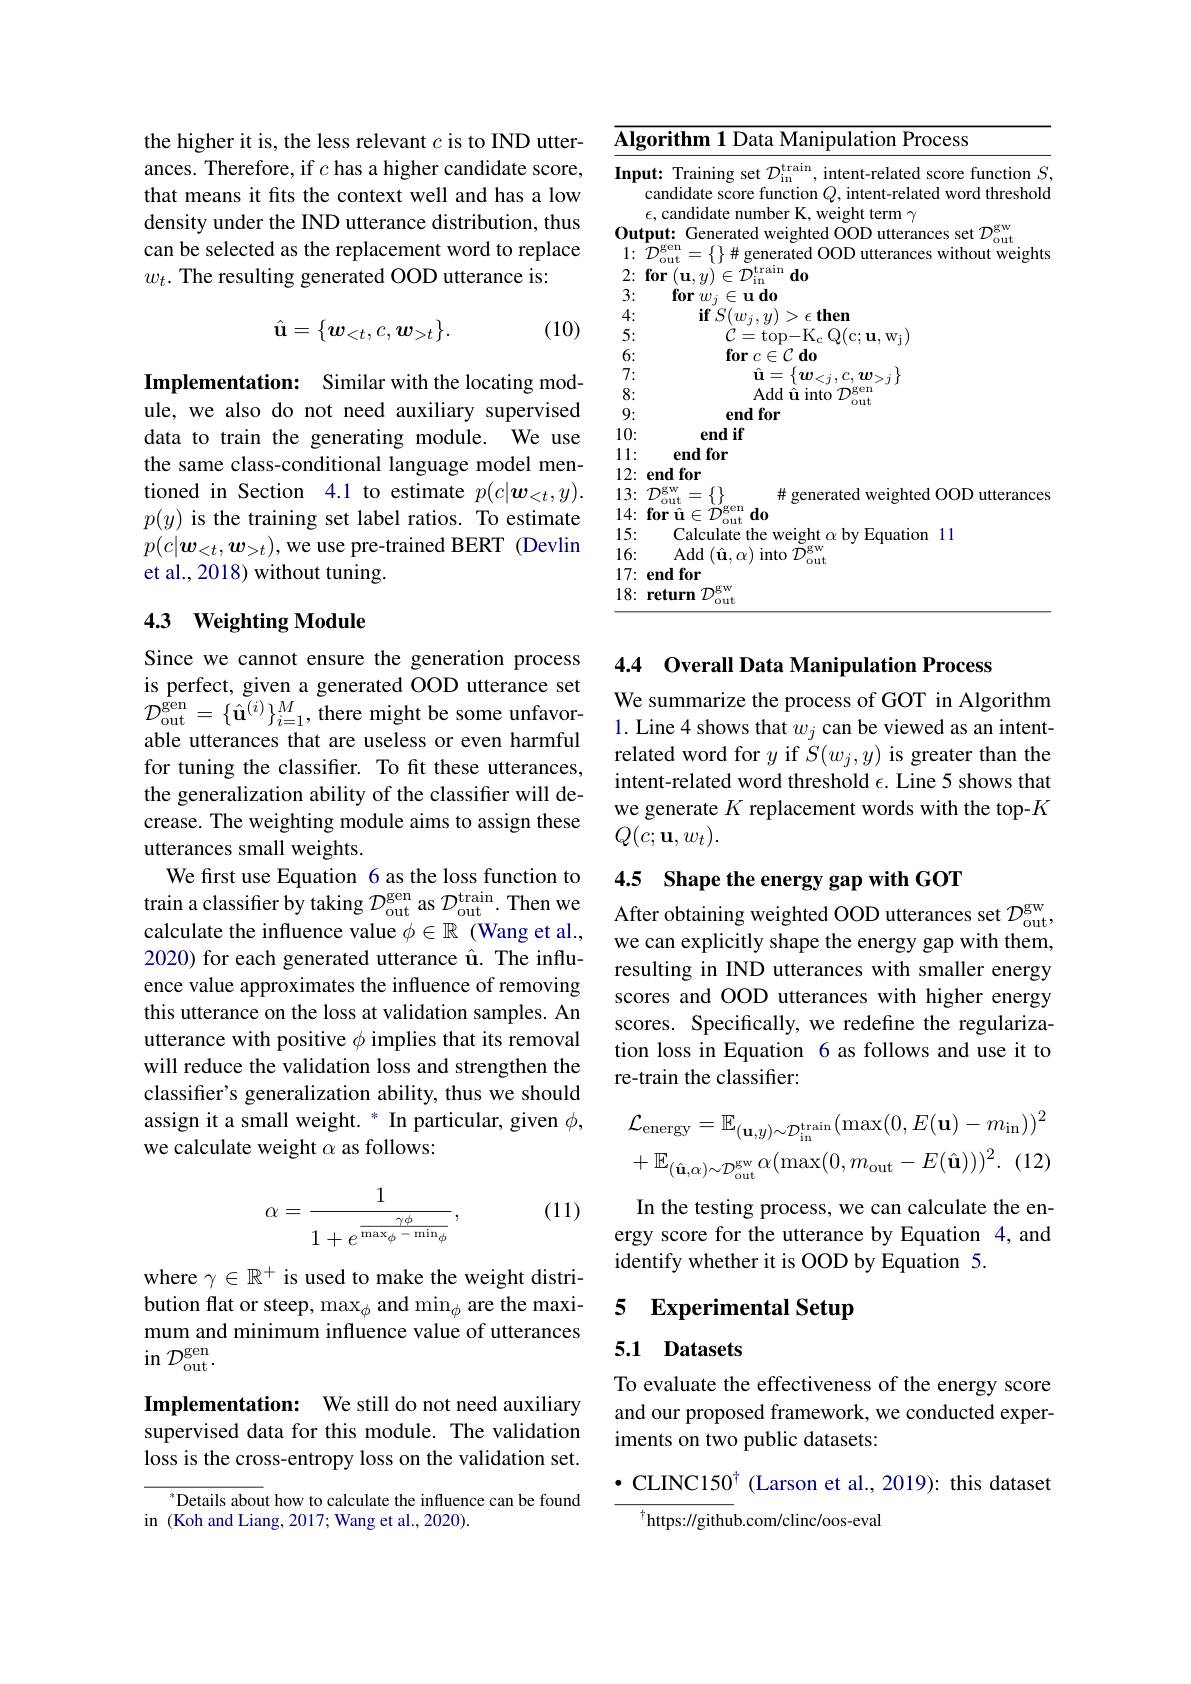
the higher it is, the less relevant $c$ is to IND utterances. Therefore, if $c$ has a higher candidate score, that means it fits the context well and has a low density under the IND utterance distribution, thus can be selected as the replacement word to replace $w_t.$ The resulting generated OOD utterance is:

(10)
$$\hat{\mathbf{u}}=\{w_{<t},c,\boldsymbol{w}_{>t}\}.$$
Implementation: Similar with the locating module, we also do not need auxiliary supervised data to train the generating module. We use the same class-conditional language model mentioned in Section 4.1 to estimate $p(c|\boldsymbol{w}_{<t},y).$ $p(y)$ is the training set label ratios. To estimate $p(c|\boldsymbol{w}_{<t},\boldsymbol{w}_{>t})$, we use pre-trained BERT (Devlin et al., 2018) without tuning.

## 4.3 Weighting Module

Since we cannot ensure the generation process is perfect, given a generated OOD utterance set able utterances that are useless or even harmful for tuning the classifier. To fit these utterances, the generalization ability of the classifier will decrease. The weighting module aims to assign these utterances small weights.
We first use Equation 6 as the loss function to train a classifier by taking $\mathcal{D}_\mathrm{out}^\mathrm{gen}$ as $\mathcal{D}_\mathrm{out}^\mathrm{train}.$ Then we calculate the influence value $\phi\in\mathbb{R}$ (Wang et al., 2020) for each generated utterance û. The influence value approximates the influence of removing this utterance on the loss at validation samples. An utterance with positive $\phi$ implies that its removal will reduce the validation loss and strengthen the classifer's generalization ability, thus we should assign it a small weight. * In particular, given $\phi$, we calculate weight $\alpha$ as follows:

(11)
$$\alpha=\frac{1}{1+e^{\frac{\gamma\phi}{\max_\phi-\min_\phi}}},$$
where $\gamma\in\mathbb{R}^+$ is used to make the weight distribution flat or steep, $\max_\phi$ and min$_\phi$ are the maximum and minimum influence value of utterances $\sin{\mathcal{D}}_{\mathrm{out}}^{\mathrm{gen}}.$

Implementation: We still do not need auxiliary supervised data for this module. The validation loss is the cross-entropy loss on the validation set.

$^*$Details about how to calculate the influence can be found
in (Koh and Liang, 2017; Wang et al., 2020).

$\overline{\mathbf{Algorithm~1~Data~Manipulation~Process}}$

Input: Training set $\mathcal{D}_{\mathrm{in}}^{\mathrm{train}}$, intent-related score function $S$,
candidate score function $Q$, intent-related word threshold
$\epsilon$,candidate number K, weight term $\gamma$Output: Generated weighted OOD utterances set $\mathcal{D}_\mathrm{out}^\mathrm{gw}$
$1\colon~{\tilde{\mathcal{D}}}_{\mathrm{out}}^{\mathrm{gen}}=\{\}\#$ generated OOD utterances without weights
$2: \textbf{for}\left ( \mathbf{u} , y\right ) \in \bar{\mathcal{D} } _{\mathrm{in}}^{\mathrm{train}}\textbf{do}$
$\begin{array}{c}{\mathbf{for}w_{j}\in\mathbf{u}\mathbf{do}}\\{\mathbf{if}S(w_{j},y)>\epsilon\mathbf{then}}\end{array}$
$\begin{array}{l}{\grave{C}=\mathrm{top-K_{c}~Q(c;~u,~w_{j})}}\\{\mathbf{for~}c\in\mathcal{C}~\mathbf{do}}\end{array}$
$\hat{\mathbf{u}}=\{\boldsymbol{w}_{<j},c,\boldsymbol{w}_{>j}\}$
${\mathrm{Add~}}{\overset{(}{\operatorname*{\hat{u}}}}{\overset{(}{\operatorname*{into}}}{\mathcal{D}_{\mathrm{out}}^{\mathrm{gen}}}$
end for
end if end for
$12{: }\textbf{end for}$
$\begin{array}{ll}13:&\mathcal{D}_{\mathrm{out}}^{\mathrm{gw}}=\{\}&\#\text{generated weighted OOD utterances}\\14:&\textbf{for \^{u}}\in\mathcal{D}_{\mathrm{out}}^{\mathrm{gen}}\textbf{do}\end{array}$
Calculate the weight $\alpha$ by Equation 11
${\mathrm{Add}}\left(\hat{\mathbf{u}},\alpha\right){\mathrm{into~}}\tilde{\mathcal D}_{\mathrm{out}}^{\mathrm{gw}}$
17{:} end for
18: return $\mathcal{D}_\mathrm{out}^\mathrm{gw}$

3: 4: 5: 6: 7: $\begin{array}{c}{8:}\\{8:}\\{0}\end{array}$ 9: 10: 11: 15: 16:

## 4.4 Overall Data Manipulation Process

$\begin{aligned}&\text{Is peliect, given a genelated OOD utlerallce set}&&\text{We summarize the process of GOT in Algorithm}\\&\mathcal{D}_{\mathrm{out}}^{\mathrm{gen}}=\{\hat{\mathbf{u}}^{(i)}\}_{i=1}^{M},\text{there might be some unfavor-}&&\text{1.Line 4 shows that }w_{j}\text{ can be viewed as an intent-}\\&\text{able utteranc}\end{aligned}$
related word for $y$ if $S(w_j,y)$ is greater than the intent-related word threshold $\epsilon.$ Line 5 shows that we generate $K$ replacement words with the top-$K$ $Q(c;\mathbf{u},w_{t}).$

## 4.5 Shape the energy gap with GOT

After obtaining weighted OOD utterances set $\mathcal{D}_\mathrm{out}^\mathrm{gw}$, we can explicitly shape the energy gap with them, resulting in IND utterances with smaller energy scores and OOD utterances with higher energy scores. Specifically, we redefine the regularization loss in Equation 6 as follows and use it to re-train the classifier:
$$\mathcal{L}_{\mathrm{energy}}=\mathbb{E}_{(\mathbf{u},y)\sim\mathcal{D}_{\mathrm{in}}^{\mathrm{train}}}(\max(0,E(\mathbf{u})-m_{\mathrm{in}}))^{2}\\+\mathbb{E}_{(\hat{\mathbf{u}},\alpha)\sim\mathcal{D}_{\mathrm{out}}^{\mathrm{gw}}}\alpha(\max(0,m_{\mathrm{out}}-E(\hat{\mathbf{u}})))^{2}.\:(12)$$
In the testing process, we can calculate the energy score for the utterance by Equation 4, and identify whether it is OOD by Equation 5.

# 5 Experimental Setup

# 5.1 Datasets

To evaluate the effectiveness of the energy score and our proposed framework, we conducted experiments on two public datasets:

$•$ CLINC150$^\dagger$ (Larson et al., 2019): this dataset
$^{\dagger}$https://github.com/clinc/oos-eval